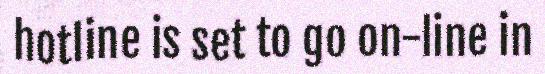
hotline is set to go on-line in